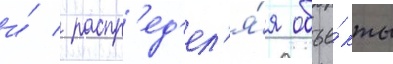
и́ / распр'ед'ел'я́я объе́кты